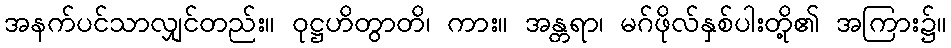
အနက်ပင်သာလျှင်တည်း။ ဝုဋ္ဌဟိတွာတိ၊ ကား။ အန္တရာ၊ မဂ်ဖိုလ်နှစ်ပါးတို့၏ အကြား၌။